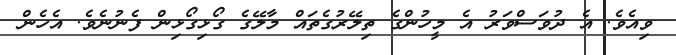
ވިއެވެ. އެ ދުވަސްވަރު އެ މީހުންގެ ތިލޭރުގެތައް މާލޭގެ ގޯޅިގޯޅިން ފެނުނެވެ. އެހެން